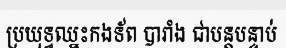
ប្រយុទ្ធឈ្នះកងទ័ព បារាំង ជាបន្តបន្ទាប់